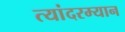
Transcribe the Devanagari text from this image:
त्यांदरम्यान